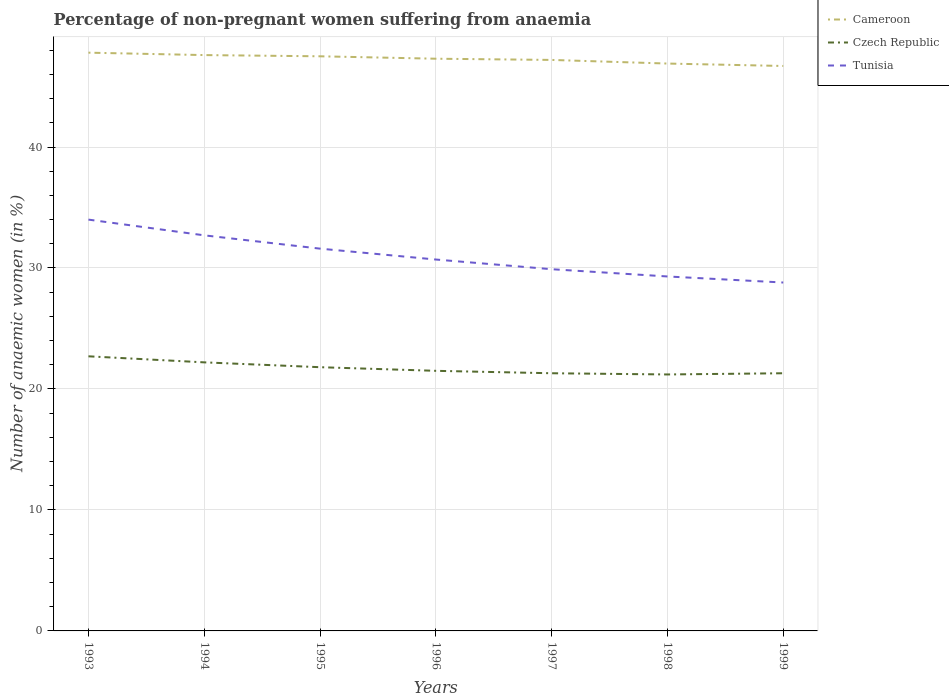
| Years | Cameroon | Czech Republic | Tunisia |
 | --- | --- | --- | --- |
 | 1993 | 47.8 | 22.7 | 34 |
 | 1994 | 47.6 | 22.2 | 32.7 |
 | 1995 | 47.5 | 21.8 | 31.6 |
 | 1996 | 47.3 | 21.5 | 30.7 |
 | 1997 | 47.2 | 21.3 | 29.9 |
 | 1998 | 46.9 | 21.2 | 29.3 |
 | 1999 | 46.7 | 21.3 | 28.8 |